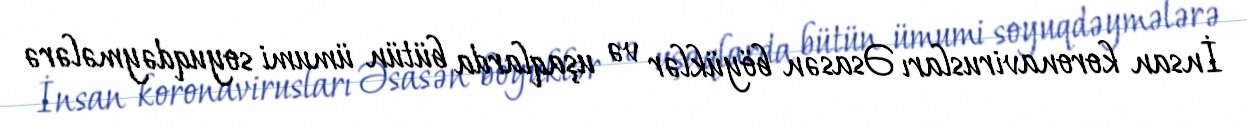
İnsan koronavirusları Əsasən böyüklər və uşaqlarda bütün ümumi soyuqdəymələrə